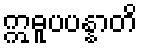
ဣဓူပပန္နာတိ